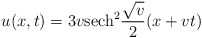
\begin{align*}u(x,t) = 3 v {\rm sech}^{2} {\sqrt{v}\over 2} (x + vt)\end{align*}